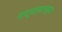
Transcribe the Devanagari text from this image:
सश्यासारख्या